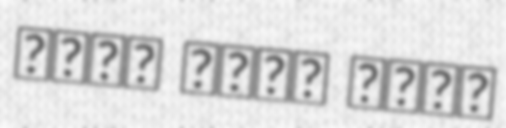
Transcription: محمد هاني جمال